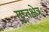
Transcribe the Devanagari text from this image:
गुप्तक्षेत्र